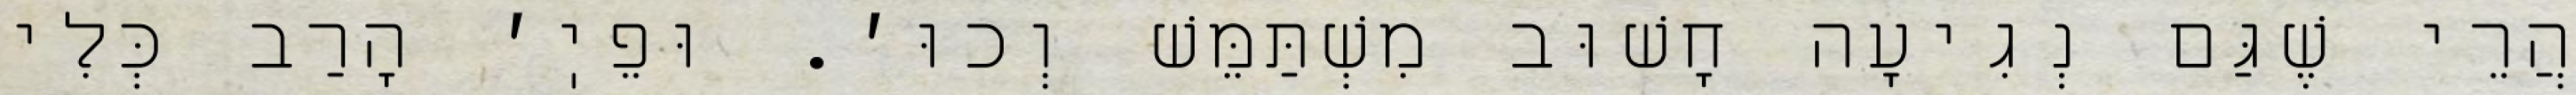
הֲרֵי שֶׁגַּם נְגִיעָה חָשׁוּב מִשְׁתַּמֵּשׁ וְכוּ׳. וּפֵיֽ׳ הָרַב כְּלִי